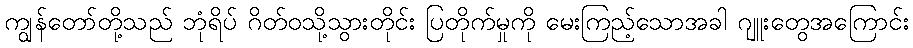
ကျွန်တော်တို့သည် ဘုံရိပ် ဂိတ်ဝသို့သွားတိုင်း ပြတိုက်မှုကို မေးကြည့်သောအခါ ဂျူးတွေအကြောင်း